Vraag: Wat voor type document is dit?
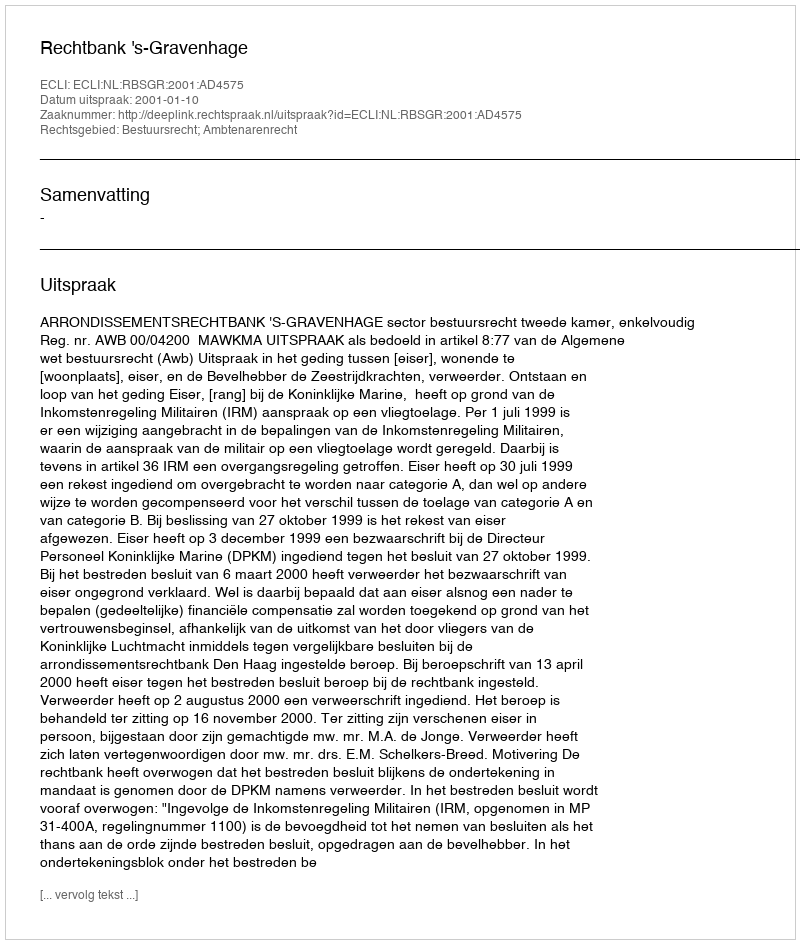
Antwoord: Uitspraak